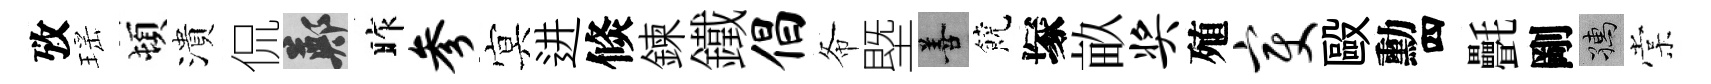
攷瑶頓潰侃鄭昨参㝠进倐鍊鐵倡𢁙塈善饒塚畝奖殖变毆勳四㲲剛孺棠